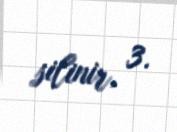
silinir, 3.